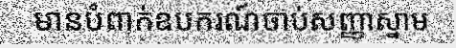
មានបំពាក់ឧបករណ៍ចាប់សញ្ញាស្នាម